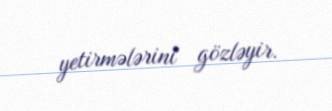
yetirmələrini gözləyir.